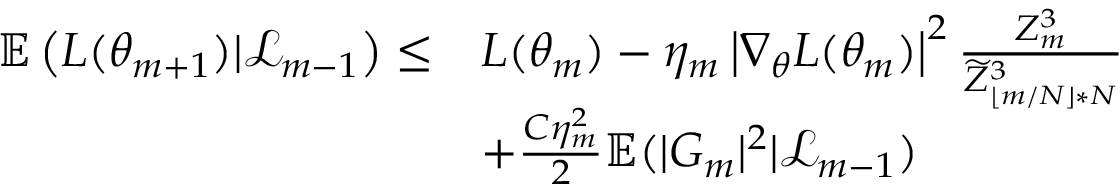
\begin{array} { r l } { \mathbb { E } \left( L ( \theta _ { m + 1 } ) | \mathcal { L } _ { m - 1 } \right) \leq } & { L ( \theta _ { m } ) - \eta _ { m } \left| \nabla _ { \theta } L ( \theta _ { m } ) \right| ^ { 2 } \frac { Z _ { m } ^ { 3 } } { \widetilde { Z } _ { \lfloor m / N \rfloor * N } ^ { 3 } } } \\ & { + \frac { C \eta _ { m } ^ { 2 } } { 2 } \mathbb { E } ( | G _ { m } | ^ { 2 } | \mathcal { L } _ { m - 1 } ) } \end{array}